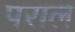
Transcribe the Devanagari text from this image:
पराल